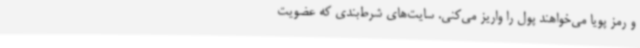
و رمز پویا می‌خواهند پول را واریز می‌کنی. سایت‌های شرط‌بندی که عضویت